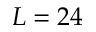
L = 2 4